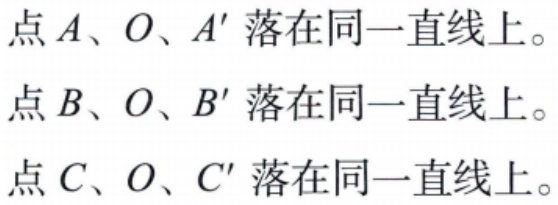
点\(A\)、\(O\)、\(A'\)落在同一直线上。

点\(B\)、\(O\)、\(B'\)落在同一直线上。

点\(C\)、\(O\)、\(C'\)落在同一直线上。